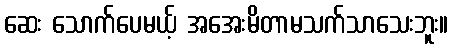
ဆေး သောက်ပေမယ့် အအေးမိတာမသက်သာသေးဘူး။